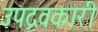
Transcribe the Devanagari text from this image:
उपद्रवकारी